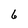
Character: 6